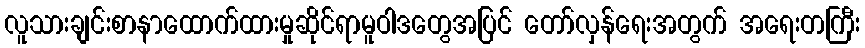
လူသားချင်းစာနာထောက်ထားမှုဆိုင်ရာမူဝါဒတွေအပြင် တော်လှန်ရေးအတွက် အရေးတကြီး